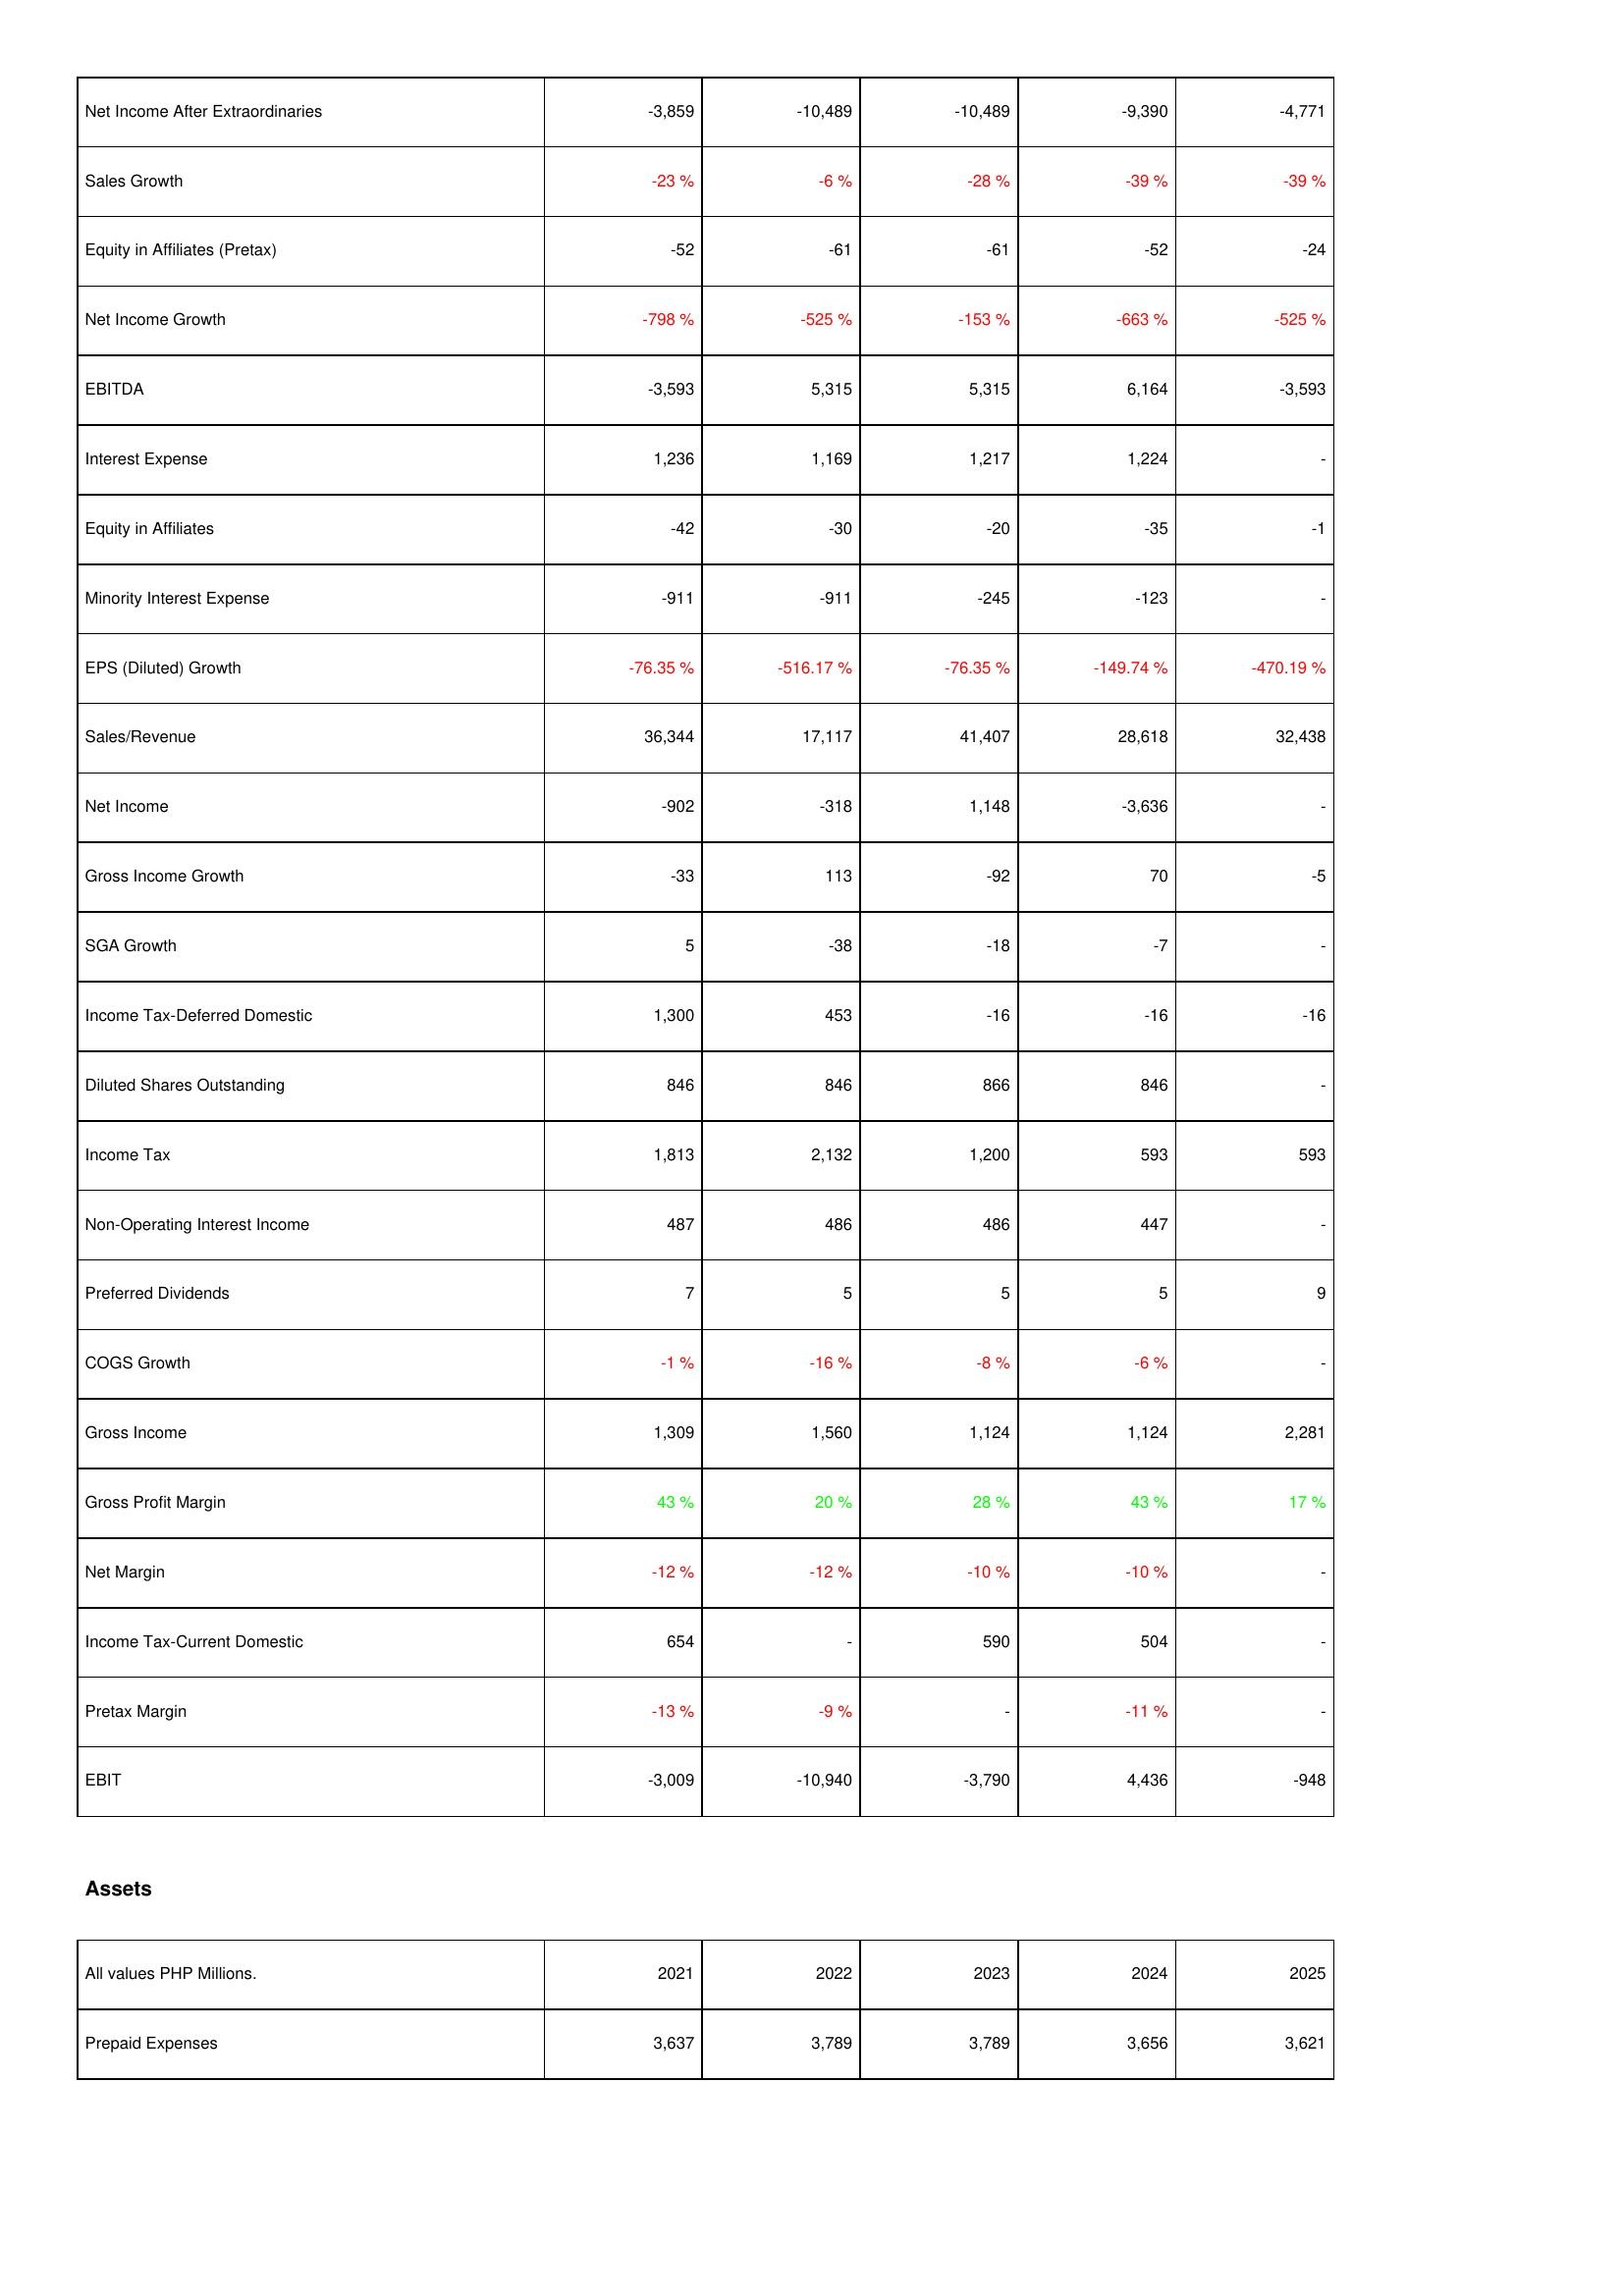
2021: Income Statement: Net Income After Extraordinaries: -3,859
Sales Growth: -23 %
Equity in Affiliates (Pretax): -52
Net Income Growth: -798 %
EBITDA: -3,593
Interest Expense: 1,236
Equity in Affiliates: -42
Minority Interest Expense: -911
EPS (Diluted) Growth: -76.35 %
Sales/Revenue: 36,344
Net Income: -902
Gross Income Growth: -33
SGA Growth: 5
Income Tax-Deferred Domestic: 1,300
Diluted Shares Outstanding: 846
Income Tax: 1,813
Non-Operating Interest Income: 487
Preferred Dividends: 7
COGS Growth: -1 %
Gross Income: 1,309
Gross Profit Margin: 43 %
Net Margin: -12 %
Income Tax-Current Domestic: 654
Pretax Margin: -13 %
EBIT: -3,009
Assets: Prepaid Expenses: 3,637
2022: Income Statement: Net Income After Extraordinaries: -10,489
Sales Growth: -6 %
Equity in Affiliates (Pretax): -61
Net Income Growth: -525 %
EBITDA: 5,315
Interest Expense: 1,169
Equity in Affiliates: -30
Minority Interest Expense: -911
EPS (Diluted) Growth: -516.17 %
Sales/Revenue: 17,117
Net Income: -318
Gross Income Growth: 113
SGA Growth: -38
Income Tax-Deferred Domestic: 453
Diluted Shares Outstanding: 846
Income Tax: 2,132
Non-Operating Interest Income: 486
Preferred Dividends: 5
COGS Growth: -16 %
Gross Income: 1,560
Gross Profit Margin: 20 %
Net Margin: -12 %
Income Tax-Current Domestic: -
Pretax Margin: -9 %
EBIT: -10,940
Assets: Prepaid Expenses: 3,789
2023: Income Statement: Net Income After Extraordinaries: -10,489
Sales Growth: -28 %
Equity in Affiliates (Pretax): -61
Net Income Growth: -153 %
EBITDA: 5,315
Interest Expense: 1,217
Equity in Affiliates: -20
Minority Interest Expense: -245
EPS (Diluted) Growth: -76.35 %
Sales/Revenue: 41,407
Net Income: 1,148
Gross Income Growth: -92
SGA Growth: -18
Income Tax-Deferred Domestic: -16
Diluted Shares Outstanding: 866
Income Tax: 1,200
Non-Operating Interest Income: 486
Preferred Dividends: 5
COGS Growth: -8 %
Gross Income: 1,124
Gross Profit Margin: 28 %
Net Margin: -10 %
Income Tax-Current Domestic: 590
Pretax Margin: -
EBIT: -3,790
Assets: Prepaid Expenses: 3,789
2024: Income Statement: Net Income After Extraordinaries: -9,390
Sales Growth: -39 %
Equity in Affiliates (Pretax): -52
Net Income Growth: -663 %
EBITDA: 6,164
Interest Expense: 1,224
Equity in Affiliates: -35
Minority Interest Expense: -123
EPS (Diluted) Growth: -149.74 %
Sales/Revenue: 28,618
Net Income: -3,636
Gross Income Growth: 70
SGA Growth: -7
Income Tax-Deferred Domestic: -16
Diluted Shares Outstanding: 846
Income Tax: 593
Non-Operating Interest Income: 447
Preferred Dividends: 5
COGS Growth: -6 %
Gross Income: 1,124
Gross Profit Margin: 43 %
Net Margin: -10 %
Income Tax-Current Domestic: 504
Pretax Margin: -11 %
EBIT: 4,436
Assets: Prepaid Expenses: 3,656
2025: Income Statement: Net Income After Extraordinaries: -4,771
Sales Growth: -39 %
Equity in Affiliates (Pretax): -24
Net Income Growth: -525 %
EBITDA: -3,593
Interest Expense: -
Equity in Affiliates: -1
Minority Interest Expense: -
EPS (Diluted) Growth: -470.19 %
Sales/Revenue: 32,438
Net Income: -
Gross Income Growth: -5
SGA Growth: -
Income Tax-Deferred Domestic: -16
Diluted Shares Outstanding: -
Income Tax: 593
Non-Operating Interest Income: -
Preferred Dividends: 9
COGS Growth: -
Gross Income: 2,281
Gross Profit Margin: 17 %
Net Margin: -
Income Tax-Current Domestic: -
Pretax Margin: -
EBIT: -948
Assets: Prepaid Expenses: 3,621